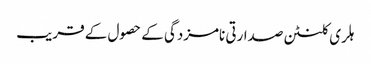
ہلری کلنٹن صدارتی نامزدگی کے حصول کے قریب